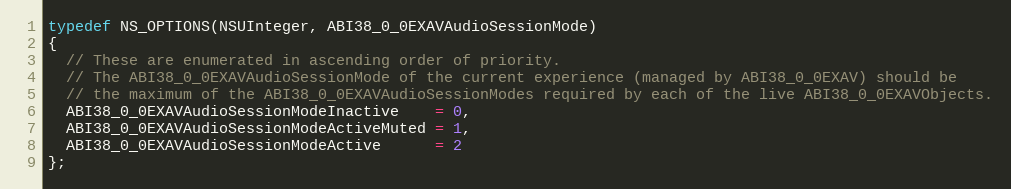
Language: C
typedef NS_OPTIONS(NSUInteger, ABI38_0_0EXAVAudioSessionMode)
{
  // These are enumerated in ascending order of priority.
  // The ABI38_0_0EXAVAudioSessionMode of the current experience (managed by ABI38_0_0EXAV) should be
  // the maximum of the ABI38_0_0EXAVAudioSessionModes required by each of the live ABI38_0_0EXAVObjects.
  ABI38_0_0EXAVAudioSessionModeInactive    = 0,
  ABI38_0_0EXAVAudioSessionModeActiveMuted = 1,
  ABI38_0_0EXAVAudioSessionModeActive      = 2
};